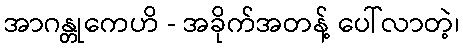
အာဂန္တုကေဟိ - အခိုက်အတန့် ပေါ်လာတဲ့၊